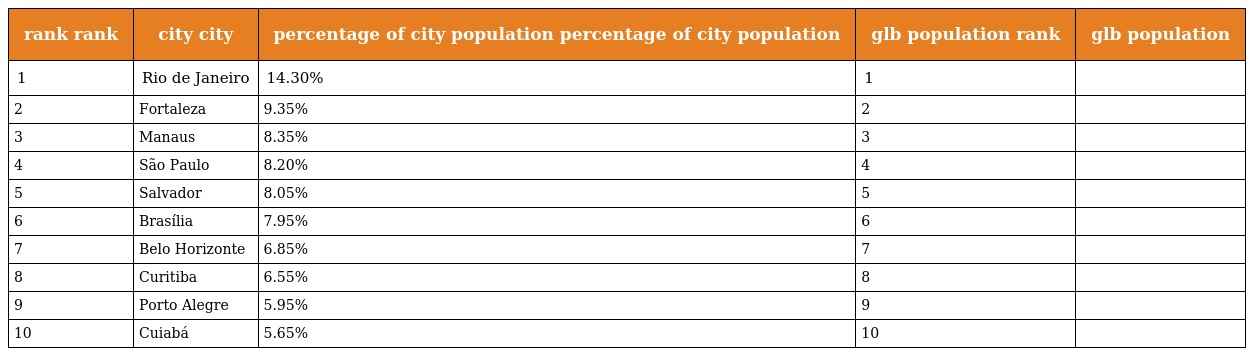
| rank rank | city city | percentage of city population percentage of city population | glb population rank | glb population |
 | --- | --- | --- | --- | --- |
 | 1 | Rio de Janeiro | 14.30% | 1 |  |
 | 2 | Fortaleza | 9.35% | 2 |  |
 | 3 | Manaus | 8.35% | 3 |  |
 | 4 | São Paulo | 8.20% | 4 |  |
 | 5 | Salvador | 8.05% | 5 |  |
 | 6 | Brasília | 7.95% | 6 |  |
 | 7 | Belo Horizonte | 6.85% | 7 |  |
 | 8 | Curitiba | 6.55% | 8 |  |
 | 9 | Porto Alegre | 5.95% | 9 |  |
 | 10 | Cuiabá | 5.65% | 10 |  |